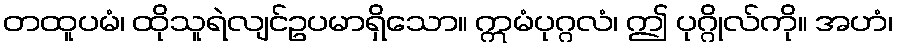
တထူပမံ၊ ထိုသူရဲလျင်ဥပမာရှိသော။ ဣမံပုဂ္ဂလံ၊ ဤ ပုဂ္ဂိုလ်ကို။ အဟံ၊